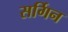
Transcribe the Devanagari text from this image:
सर्गिन